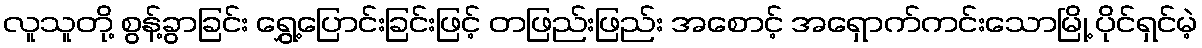
လူသူတို့ စွန့်ခွာခြင်း ရွှေ့ပြောင်းခြင်းဖြင့် တဖြည်းဖြည်း အစောင့် အရှောက်ကင်းသောမြို့ ပိုင်ရှင်မဲ့